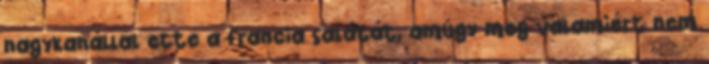
nagykanállal ette a francia salátát, amúgy meg valamiért nem